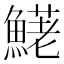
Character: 𩺆